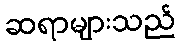
ဆရာများသည်